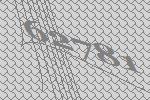
62781